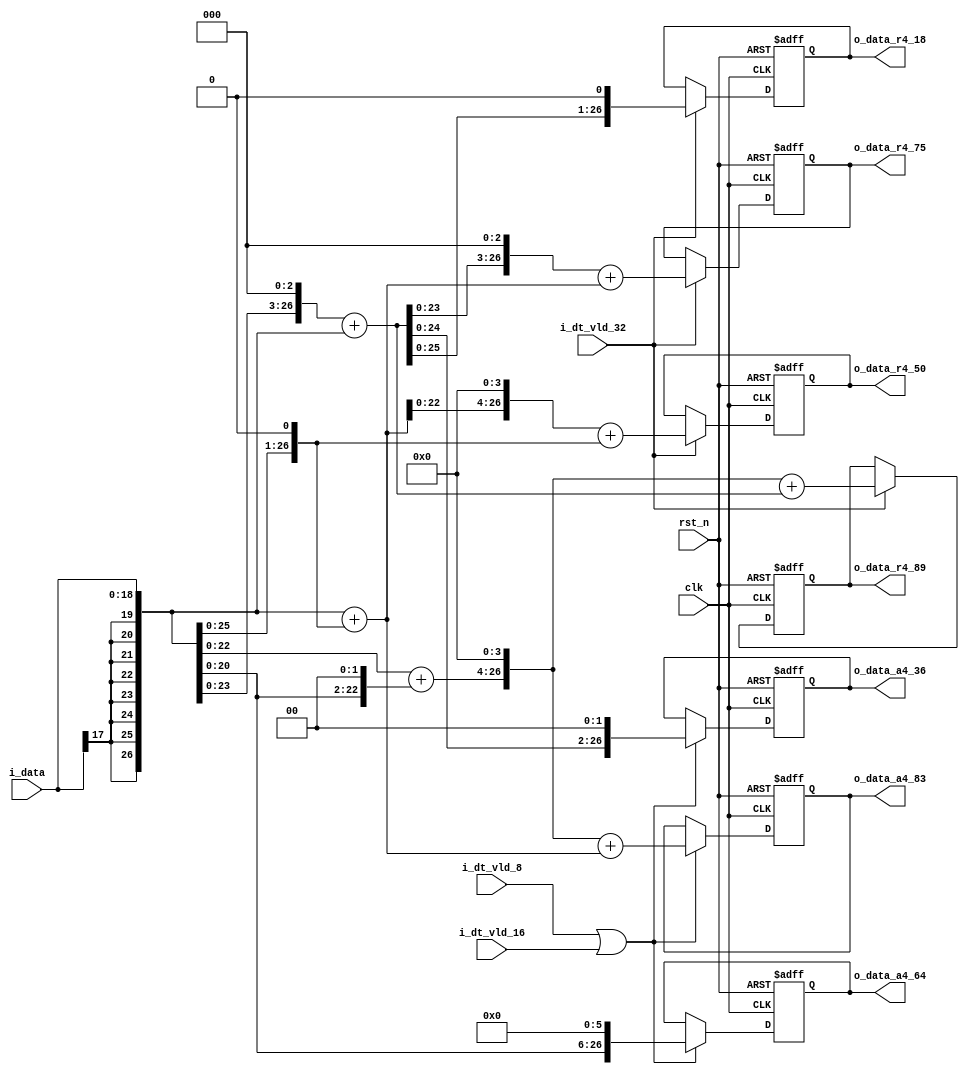
//company       : xm tech
//project name  : H265
//top module    : dct_top_2d.v
//data          : 2018.01.15
//delay         : 1 clk 
//describe      :
//modification  :
//v1.0          :

module re_level2_cal(
	clk            ,
	rst_n          ,
	i_dt_vld_32     ,//data valid
        i_dt_vld_16     ,
        i_dt_vld_8      ,
	i_data	       ,
//-------------r4----------//
	o_data_r4_89   ,  
        o_data_r4_75   ,
        o_data_r4_50   ,
        o_data_r4_18   ,
//-------------a4----------//
	o_data_a4_64   ,  
        o_data_a4_36   ,
        o_data_a4_83   
);

input   	clk            ;
input   	rst_n          ;
input [18:0]	i_data	       ;
input  	        i_dt_vld_32     ;
input           i_dt_vld_16     ;
input           i_dt_vld_8      ;

//-------------------dct32x32--------------//
output reg [26:0]     o_data_r4_89     ;
output reg [26:0]     o_data_r4_75     ; 
output reg [26:0]     o_data_r4_50     ; 
output reg [26:0]     o_data_r4_18     ; 
//-------------------dct16x16 dct8x8---------------//
output reg [26:0]     o_data_a4_64     ;
output reg [26:0]     o_data_a4_36     ; 
output reg [26:0]     o_data_a4_83     ; 
//------------------------------------------------//
wire [26:0]     data           ;
wire [26:0]     data_2         ;
wire [26:0]     data_4         ;
wire [26:0]     data_8         ;
wire [26:0]     data_64        ;
wire [26:0]     data_3         ;
wire [26:0]     data_5         ;
wire [26:0]     data_9         ;
wire [26:0]     data_48        ;
wire [26:0]     data_80        ;
wire [26:0]     data_10        ;
//-------------------dct32x32---------------//
wire [26:0]     data_r4_89     ;
wire [26:0]     data_r4_75     ; 
wire [26:0]     data_r4_50     ; 
wire [26:0]     data_r4_18     ; 
//-------------------dct16x16 dct8x8---------------//
wire [26:0]     data_a4_64     ;
wire [26:0]     data_a4_36     ; 
wire [26:0]     data_a4_83     ; 

//-------------------r4---------------//
//-------------------a4---------------//
reg  [26:0]     o_data_r4_64     ;
reg  [26:0]     o_data_r4_83     ; 
reg  [26:0]     o_data_r4_36     ; 
//----------------------------------------------------//
assign data    = {{8{i_data[17]}},i_data};
assign data_2  = {{7{i_data[17]}},i_data,1'b0};
assign data_4  = {{6{i_data[17]}},i_data,2'd0};
assign data_8  = {{5{i_data[17]}},i_data,3'd0};
assign data_64 = {{2{i_data[17]}},i_data,6'd0};

assign data_3  = data + data_2;
assign data_5  = data + data_4;  
assign data_9  = data_8 + data;
assign data_48 = {data_3[22:0],4'd0};
assign data_80 = {data_10[23:0],3'd0};
assign data_10 = {data_5[25:0],1'b0};

//-----------------r4-------------------//
assign data_r4_89 = data_80 + data_9;
assign data_r4_75 = {data_9[23:0],3'd0} + data_3;
assign data_r4_50 = data_48 + data_2;
assign data_r4_18 = {data_9[25:0],1'b0};

//------------------a4--------------------//
assign data_a4_64 = data_64;
assign data_a4_83 = data_80 + data_3;
assign data_a4_36 = {data_9[24:0],2'd0};

//-------------reg out---------------------//
//------------------------------------r4-------------------//

always @(posedge clk or negedge rst_n)
begin
	if(!rst_n)
		o_data_r4_89 <= 27'd0;
	else if(i_dt_vld_32)
		o_data_r4_89 <= data_r4_89;
end

always @(posedge clk or negedge rst_n)
begin
	if(!rst_n)
		o_data_r4_75 <= 27'd0;
	else if(i_dt_vld_32)
		o_data_r4_75 <= data_r4_75;
end

always @(posedge clk or negedge rst_n)
begin
	if(!rst_n)
		o_data_r4_50 <= 27'd0;
	else if(i_dt_vld_32)
		o_data_r4_50 <= data_r4_50;
end

always @(posedge clk or negedge rst_n)
begin
	if(!rst_n)
		o_data_r4_18 <= 27'd0;
	else if(i_dt_vld_32)
		o_data_r4_18 <= data_r4_18;
end
//---------------------------------------a4---------------------------//
always @(posedge clk or negedge rst_n)
begin
	if(!rst_n)
		o_data_a4_64 <= 27'd0;
	else if(i_dt_vld_8 || i_dt_vld_16)
		o_data_a4_64 <= data_a4_64;
end 

always @(posedge clk or negedge rst_n)
begin
	if(!rst_n)
		o_data_a4_83 <= 27'd0;
	else if(i_dt_vld_8 || i_dt_vld_16)
		o_data_a4_83 <= data_a4_83;
end 

always @(posedge clk or negedge rst_n)
begin
	if(!rst_n)
		o_data_a4_36 <= 27'd0;
	else if(i_dt_vld_8 || i_dt_vld_16)
		o_data_a4_36 <= data_a4_36;
end 

endmodule